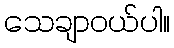
သေချာဝယ်ပါ။